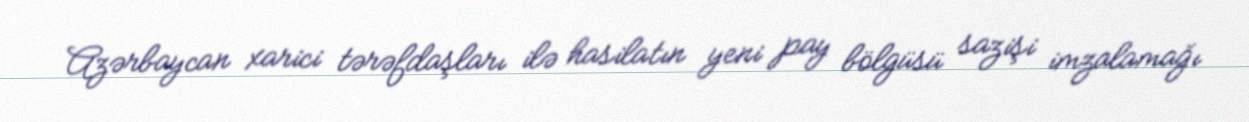
Azərbaycan xarici tərəfdaşları ilə hasilatın yeni pay bölgüsü sazişi imzalamağı